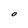
Character: O